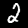
Label: 2